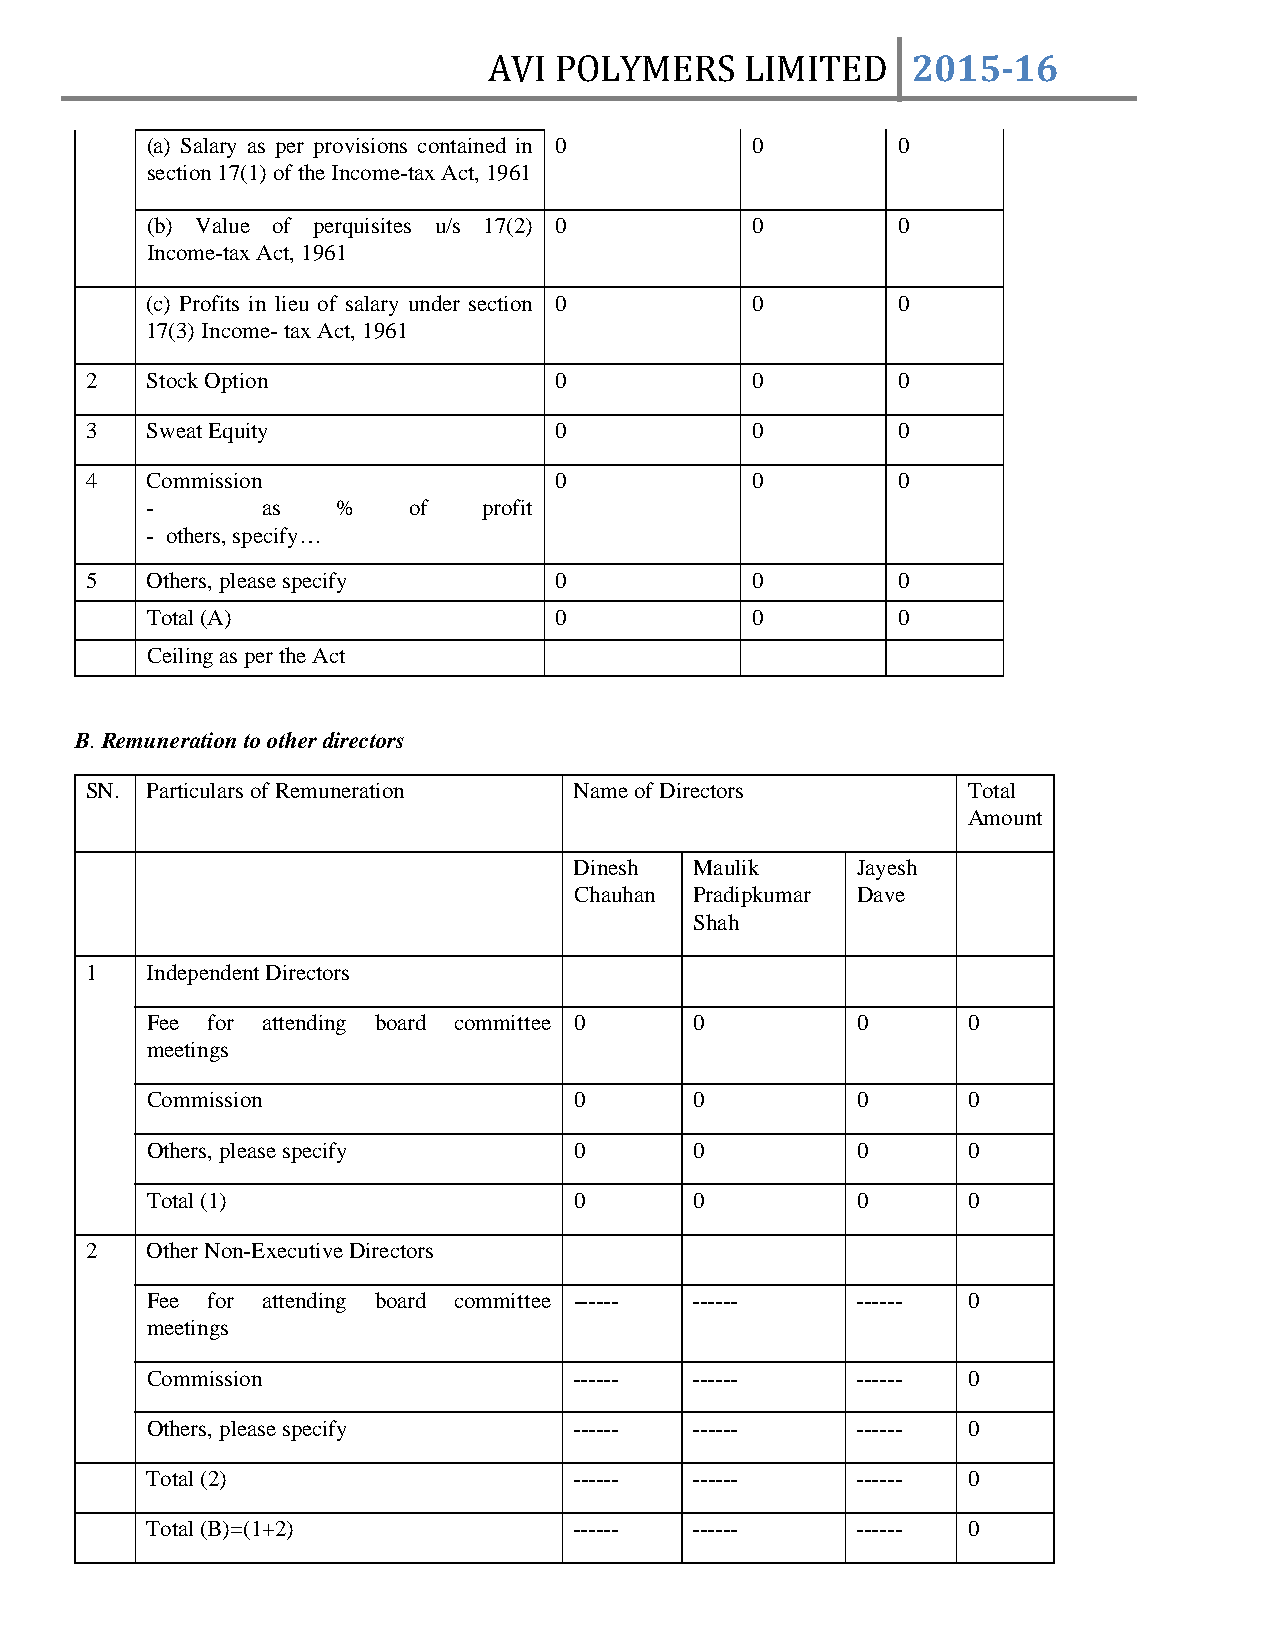
AVI  POLYMERS    LIMITED    2015­16
 (a) Salary as per provisions contained in 0 0    0
 section 17(1) of the Income-tax Act, 1961
 (b) Value of perquisites u/s 17(2) 0    0        0
 Income-tax Act, 1961
 (c) Profits in lieu of salary under section 0 0  0
 17(3) Income- tax Act, 1961
 2   Stock Option               0            0        0
 3   Sweat Equity               0            0        0
 4   Commission                 0            0        0
 -      as   %    of   profit
 - others, specify…
 5   Others, please specify     0            0        0
 Total (A)                  0            0        0
 Ceiling as per the Act
 B. Remuneration to other directors
 SN. Particulars of Remuneration Name of Directors         Total
 Amount
 Dinesh  Maulik     Jayesh
 Chauhan Pradipkumar Dave
 Shah
 1   Independent Directors
 Fee for attending board committee 0 0          0      0
 meetings
 Commission                  0       0          0      0
 Others, please specify      0       0          0      0
 Total (1)                   0       0          0      0
 2   Other Non-Executive Directors
 Fee for attending board committee ------ ------ ------ 0
 meetings
 Commission                  ------  ------     ------ 0
 Others, please specify      ------  ------     ------ 0
 Total (2)                   ------  ------     ------ 0
 Total (B)=(1+2)             ------  ------     ------ 0